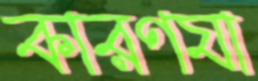
কারণযা